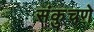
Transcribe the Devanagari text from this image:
संकुचणे